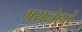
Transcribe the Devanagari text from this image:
मसलेहते